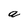
Character: a